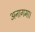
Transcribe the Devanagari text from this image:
अनागमा।